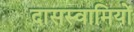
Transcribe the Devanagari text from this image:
दासस्वामियों